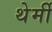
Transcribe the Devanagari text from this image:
थेर्मी